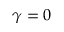
\gamma = 0